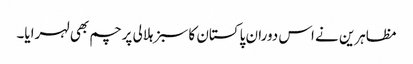
مظاہرین نے اس دوران پاکستان کا سبز ہلالی پرچم بھی لہرایا۔